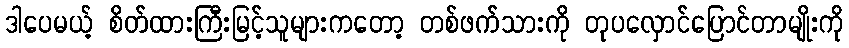
ဒါပေမယ့် စိတ်ထားကြီးမြင့်သူများကတော့ တစ်ဖက်သားကို တုပလှောင်ပြောင်တာမျိုးကို